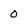
Character: O